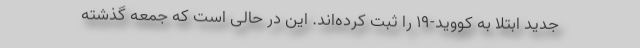
جدید ابتلا به کووید-19 را ثبت کرده‌اند. این در حالی است که جمعه گذشته